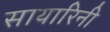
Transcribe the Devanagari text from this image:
सायारिनी